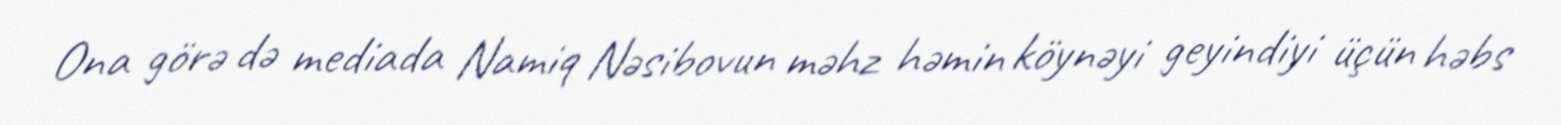
Ona görə də mediada Namiq Nəsibovun məhz həmin köynəyi geyindiyi üçün həbs